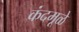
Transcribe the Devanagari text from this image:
कंदमूळे